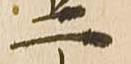
二